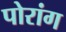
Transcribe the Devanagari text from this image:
पोरांग